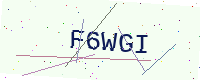
Text: F6WGI